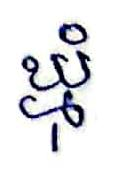
ឃ្មុំ